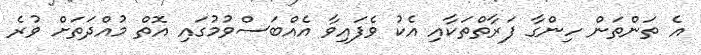
އެ ތަންތަން ހިންގާ ފަރާތްތަކާއި އެކު ވެފައިވާ އެއްބަސްވުމުގައި އޮތް މުއްދަތަށް ވުރެ